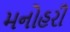
મનોહરી